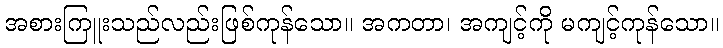
အစားကြူးသည်လည်းဖြစ်ကုန်သော။ အကတာ၊ အကျင့်ကို မကျင့်ကုန်သော။